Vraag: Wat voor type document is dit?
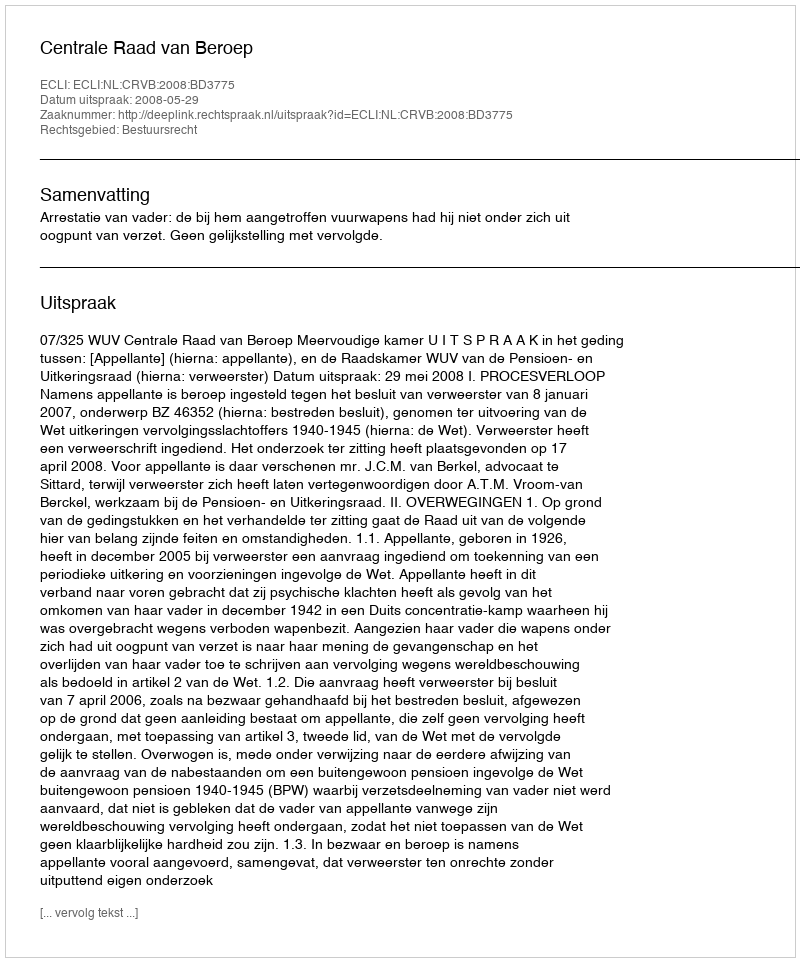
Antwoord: Uitspraak